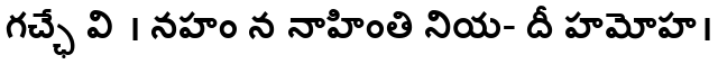
గచ్ఛే వి । నహం న నాహింతి నియ- దీ హమోహ।